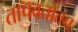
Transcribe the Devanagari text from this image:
तापवतातच